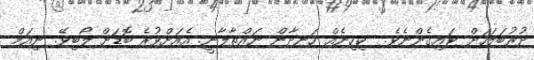
ދުރުބަލަހަށް ޓައިގެންނެވެ.  ކިހިނެއް ހަނދާން ނައްތާލާނީ. އެއަށްވުރެ ބޮޑަށް ލޯބިވޭ. ނިއަމް